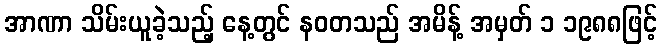
အာဏာ သိမ်းယူခဲ့သည့် နေ့တွင် နဝတသည် အမိန့် အမှတ် ၁ ၁၉၈၈ဖြင့်